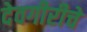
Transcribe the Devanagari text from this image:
देवगीरीचे